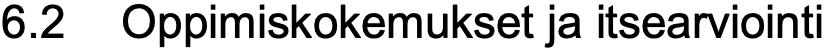
6.2 Oppimiskokemukset ja itsearviointi